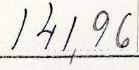
141,96